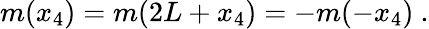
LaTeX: m(x_{4})=m(2L+x_{4})=-m(-x_{4})\ .